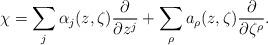
LaTeX: \begin{align*}\chi = \sum_j \alpha_j(z, \zeta) \frac {\partial} {\partial z^j} + \sum_\rho a_\rho(z, \zeta) \frac {\partial} {\partial \zeta^\rho}.\end{align*}